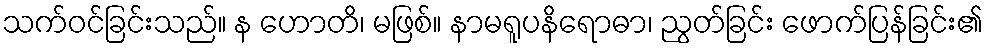
သက်ဝင်ခြင်းသည်။ န ဟောတိ၊ မဖြစ်။ နာမရူပနိရောဓာ၊ ညွတ်ခြင်း ဖောက်ပြန်ခြင်း၏